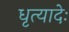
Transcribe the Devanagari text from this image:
धृत्यादेः